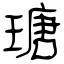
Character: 瑭